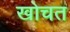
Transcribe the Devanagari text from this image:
खोचत